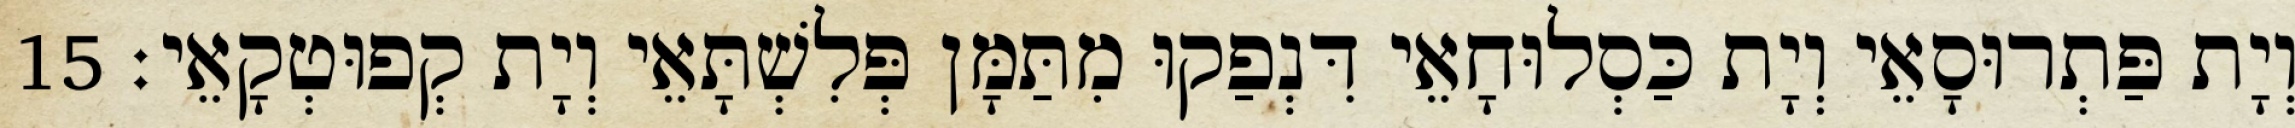
וְיָת פַּתְרוּסָאֵי וְיָת כַּסְלוּחָאֵי דִּנְפַקוּ מִתַּמָּן פְּלִשְׁתָּאֵי וְיָת קְפוּטְקָאֵי׃ 15